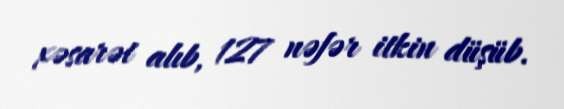
xəsarət alıb, 127 nəfər itkin düşüb.